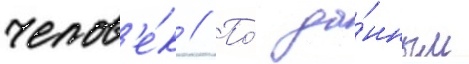
челов'е́к // По́ да́нным